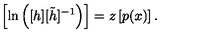
\left[ \ln \left( [ h ] [ \tilde { h } ] ^ { - 1 } \right) \right] = z \left[ p ( x ) \right] .